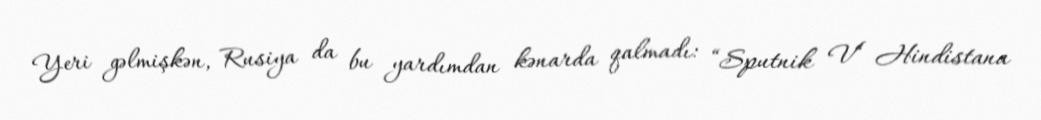
Yeri gəlmişkən, Rusiya da bu yardımdan kənarda qalmadı: “Sputnik V“ Hindistana